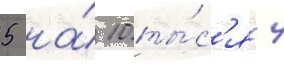
5 на́ 10 ты́с'яч